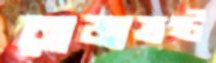
রাজ্যভ্রষ্ট